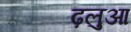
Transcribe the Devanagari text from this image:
ढ़लुआ